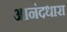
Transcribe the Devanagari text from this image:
आनंदधारा